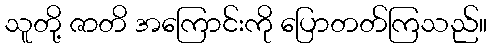
သူတို့ ဇာတိ အကြောင်းကို ပြောတတ်ကြသည်။